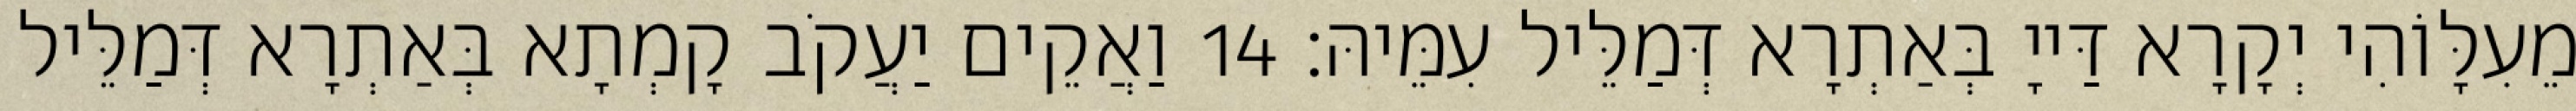
מֵעִלָּוֹהִי יְקָרָא דַּייָ בְּאַתְרָא דְּמַלֵּיל עִמֵּיהּ׃ 14 וַאֲקֵים יַעֲקֹב קָמְתָא בְּאַתְרָא דְּמַלֵּיל